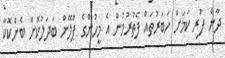
ދާން ފުރި ކަމަށް ހަބަރުތައް ފެތުރުމުން އެ މީހުންގެ ޕްލޭން ބަދަލުކޮށް ބެންކޮކާ